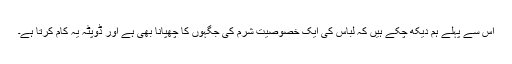
اس سے پہلے ہم دیکھ چکے ہیں کہ لباس کی ایک خصوصیت شرم کی جگہوں کا چھپانا بھی ہے اور ڈوپٹہ یہ کام کرتا ہے۔